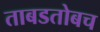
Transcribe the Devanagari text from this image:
ताबडतोबच